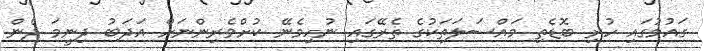
ގައުމުގައި ހުރި ބޮޑެތި މައްސަލަތަކުގެ ތެރޭގައި ނުހިމެނޭ ކުށްވެރިންނަށް އަދަބު ދިނީމަ ދެން